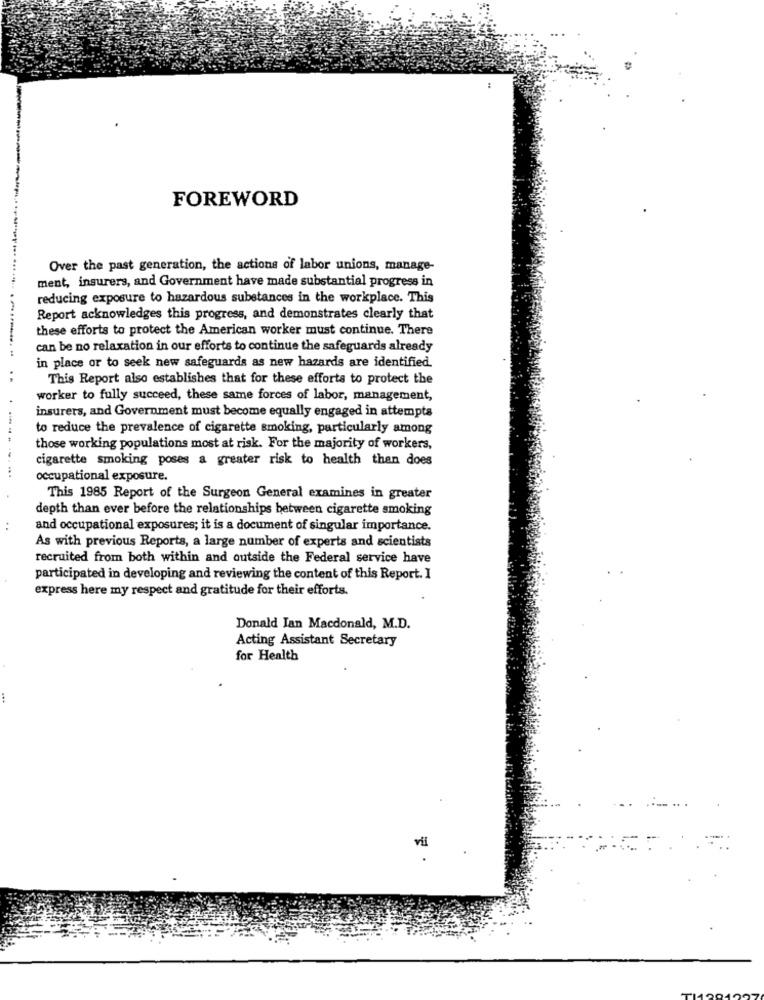
FOREWORD
Over the past generation, the actions of labor unions, manage-
ment, insurers, and Government have made substantial progress in
reducing exposure to hazardous substances in the workplace. This
Report acknowledges this progress, and demonstrates clearly that
these efforts to protect the American worker must continue. There
can be no relaxation in our efforts to continue the safeguards already
in place or to seek new safeguards as new hazards are identified.
This Report also establishes that for these efforts to protect the
worker to fully succeed, these same forces of labor, management,
insurers, and Government must become equally engaged in attempts
to reduce the prevalence of cigarette smoking, particularly among
those working populations most at risk. For the majority of workers,
-----
cigarette smoking poses a greater risk to health than does
....
occupational exposure.
This 1985 Report of the Surgeon General examines in greater
depth than ever before the relationships between cigarette smoking
..
and occupational exposures; it is a document of singular importance.
As with previous Reports, a large number of experts and scientists
recruited from both within and outside the Federal service have
participated in developing and reviewing the content of this Report. I
express here my respect and gratitude for their efforts.
Donald Jan Macdonald, M.D.
Acting Assistant Secretary
for Health
vi